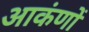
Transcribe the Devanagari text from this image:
आकंणों